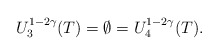
\begin{align*}U_3^{1-2\gamma}(T)=\emptyset =U_4^{1-2\gamma}(T).\end{align*}